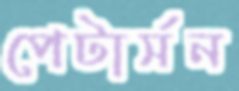
পেটার্সন